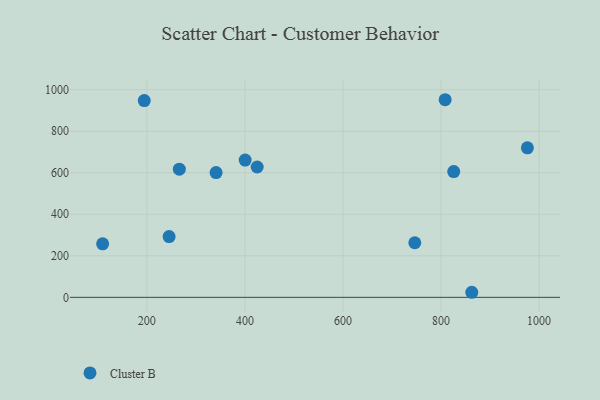
{"axis": {"x": "Distance", "y": "Fuel Efficiency"}, "legend": ["Cluster B"], "data": [{"x": "194.7", "y": 947.4, "type": "Cluster B"}, {"x": "976.1", "y": 720.2, "type": "Cluster B"}, {"x": "341.2", "y": 600.7, "type": "Cluster B"}, {"x": "245.4", "y": 292.8, "type": "Cluster B"}, {"x": "425.0", "y": 627.7, "type": "Cluster B"}, {"x": "862.7", "y": 24.4, "type": "Cluster B"}, {"x": "109.8", "y": 257.8, "type": "Cluster B"}, {"x": "808.4", "y": 951.7, "type": "Cluster B"}, {"x": "266.2", "y": 617.4, "type": "Cluster B"}, {"x": "825.9", "y": 605.9, "type": "Cluster B"}, {"x": "746.5", "y": 263.0, "type": "Cluster B"}, {"x": "400.5", "y": 660.9, "type": "Cluster B"}]}